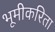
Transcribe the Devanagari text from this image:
भूमीकरिता